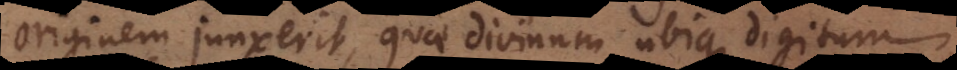
originem junxerit, quae divinum ubique digitum